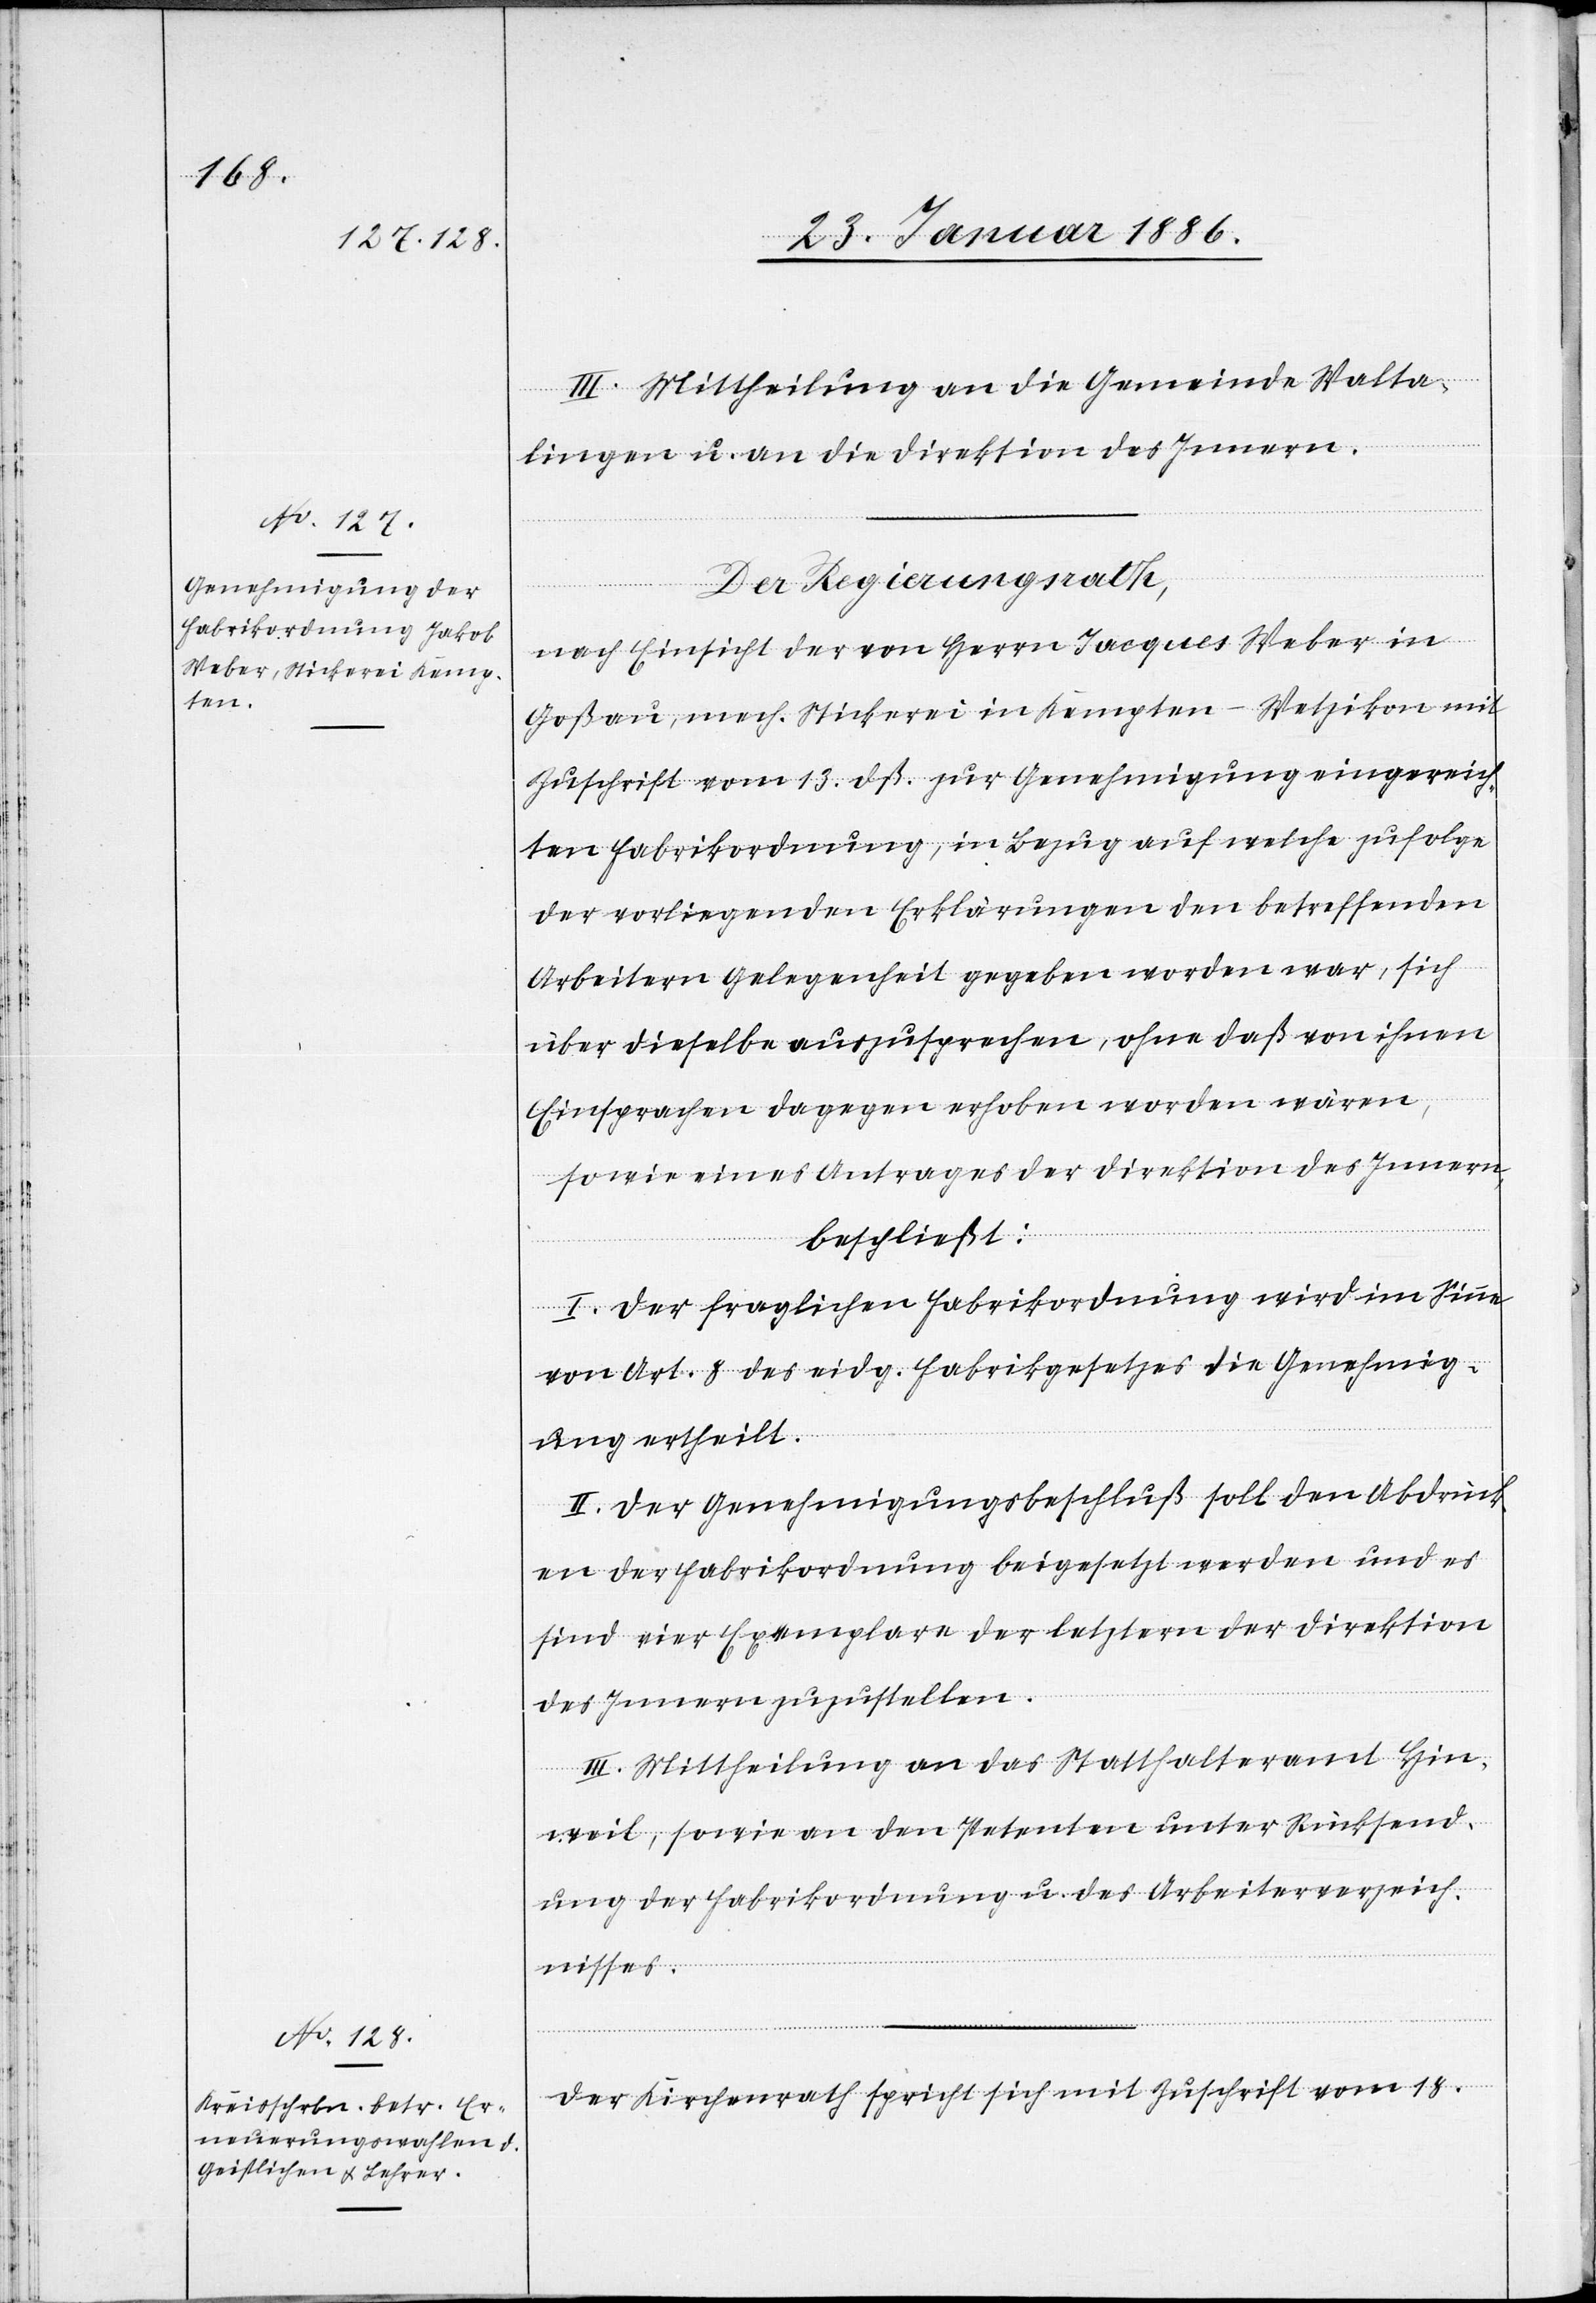
III. Mittheilung an die Gemeinde Walta¬
lingen u. an die Direktion des Innern.
Der Regierungsrath,
nach Einsicht der von Herren Jacques Weber in
Goßau, mech. Stickerei in Kempten - Wetzikon mit
Zuschrift vom 13. dß. zur Genehmigung eingereich¬
ten Fabrikordnung, in Bezug auf welche zufolge
der vorliegenden Erklärungen den betreffenden
Arbeitern Gelegenheit gegeben worden war, sich
über dieselbe auszusprechen, ohne daß von ihnen
Einsprachen dagegen erhoben worden wären,
sowie eines Antrages der Direktion des Innern,
beschließt:
I. Der fraglichen Fabrikordnung wird im Sinne
von Art. 8 des eidg. Fabrikgesetzes die Genehmig¬
ung ertheilt.
II. Der Genehmigungsbeschluß soll den Abdrück¬
en der Fabrikordnung beigesetzt werden und es
sind vier Exemplare der letztern der Direktion
des Innern zuzustellen.
III. Mittheilung an das Statthalteramt Hin¬
weil, sowie an den Petenten unter Rücksend¬
ung der Fabrikordnung u. des Arbeiterverzeich¬
nisses.
Der Kirchenrath spricht sich mit Zuschrift vom 18.